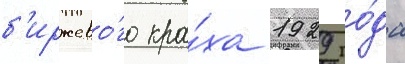
б'иржево́го кра́ха 1929 го́да